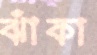
ঝাঁকা